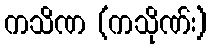
ကသိဏ (ကသိုဏ်း)